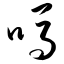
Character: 吗